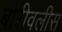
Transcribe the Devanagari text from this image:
बोरीवलीस